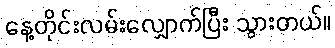
နေ့တိုင်းလမ်းလျှောက်ပြီး သွားတယ်။